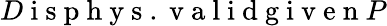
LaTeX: D\mathrm{~i~s~p~h~y~s~.~v~a~l~i~d~g~i~v~e~n~}P